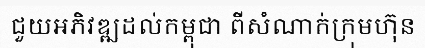
ជួយអភិវឌ្ឍដល់កម្ពុជា ពីសំណាក់ក្រុមហ៊ុន